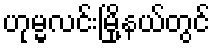
ဟုမ္မလင်းမြို့နယ်တွင်